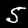
Label: 5